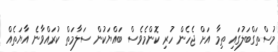
މުސްތަގްބަލުގައި ތިމާ އަށް ޖެހެން ހުރި ކޮންމެވެސް ބައްޔަކުން ސަލާމަތް ކުރައްވާނެ އާޔަތެއް